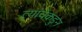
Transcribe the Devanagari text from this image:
त्यांचेकडुन